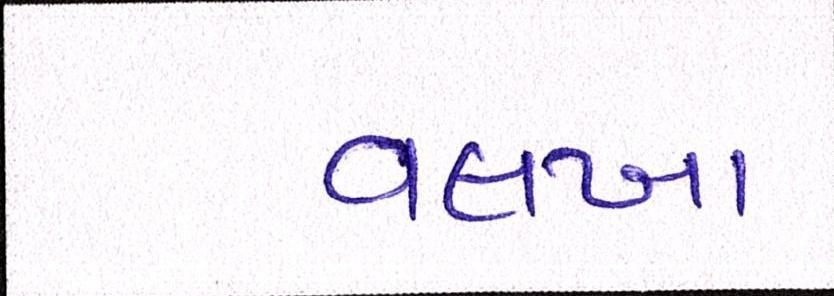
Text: વલખા